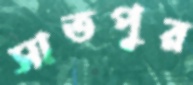
সাতপুর